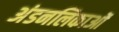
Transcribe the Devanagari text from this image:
अंडनलिकाओं